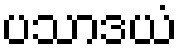
ပသာဒယံ